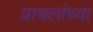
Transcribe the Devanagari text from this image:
प्राचलांच्या